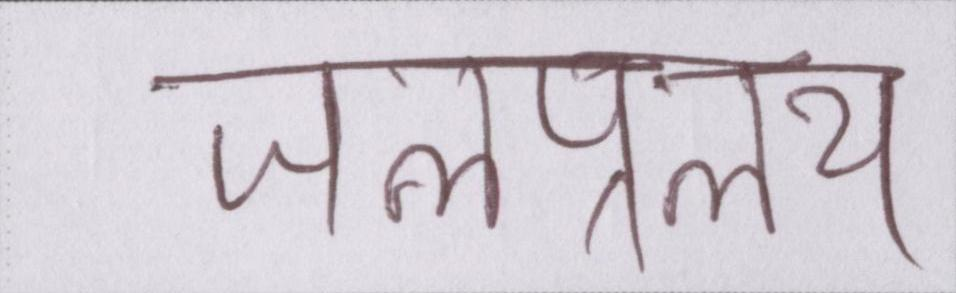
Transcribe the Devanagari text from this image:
जलप्रलय